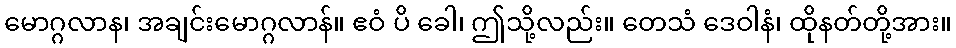
မောဂ္ဂလာန၊ အချင်းမောဂ္ဂလာန်။ ဧဝံ ပိ ခေါ၊ ဤသို့လည်း။ တေသံ ဒေဝါနံ၊ ထိုနတ်တို့အား။